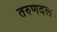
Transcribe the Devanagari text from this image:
तरुणदल